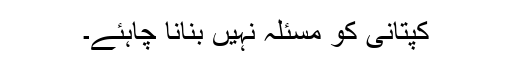
کپتانی کو مسئلہ نہیں بنانا چاہئے۔